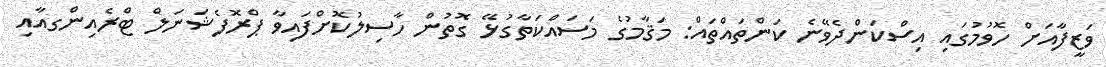
ވަޒީފާއަށް ހޮވުމުގައި އިސްކަންދެވޭނެ ކަންތައްތައް: މަޤާމުގެ މަސައްކަތާގުޅޭ ގޮތުން ހާސިލުކޮށްފައިވާ ޕްރޮފެޝަނަލް ޓްރެއިންގއާއި